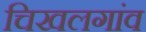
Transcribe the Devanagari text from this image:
चिखलगांव